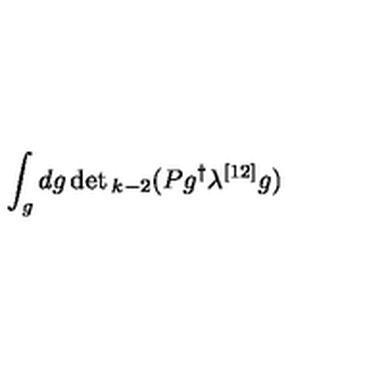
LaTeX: \int _ { g } d g \det { } _ { k - 2 } ( P g ^ { \dagger } \lambda ^ { [ 1 2 ] } g )